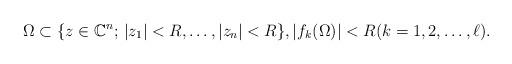
LaTeX: \begin{align*}\Omega \subset \{z \in \mathbb{C}^n;\,|z_1|<R,\dots, |z_n|<R\},|f_k(\Omega)| < R (k=1,2,\dots,\ell).\end{align*}